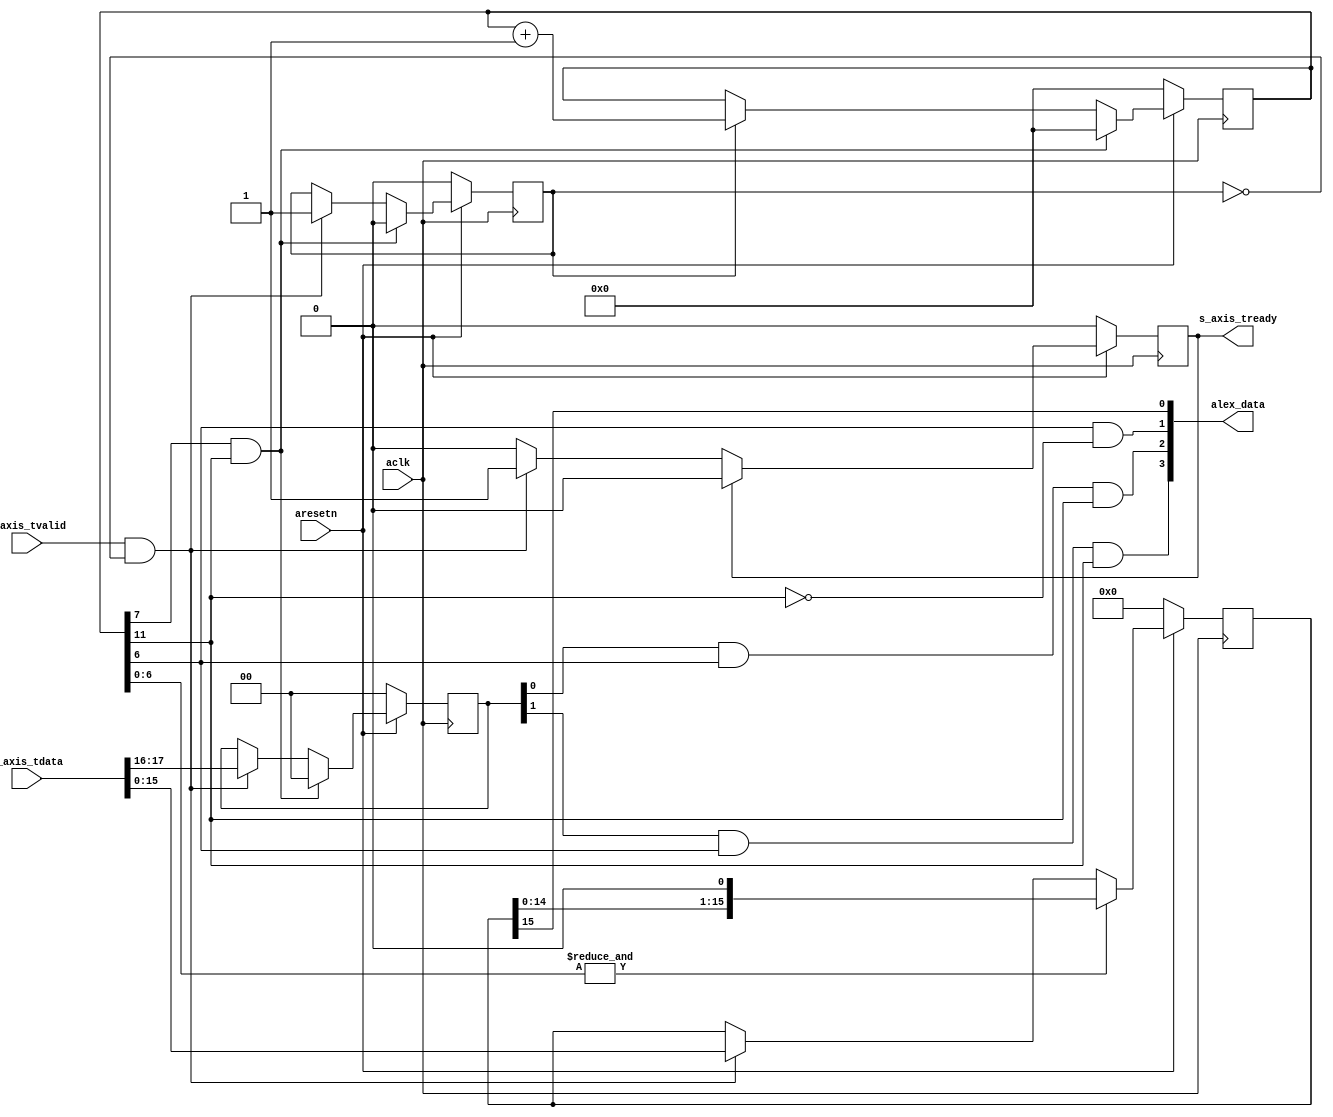
module axis_alex
(
  input  wire        aclk,
  input  wire        aresetn,
  output wire [3:0]  alex_data,
  output wire        s_axis_tready,
  input  wire [31:0] s_axis_tdata,
  input  wire        s_axis_tvalid
);
  reg [15:0] int_data_reg, int_data_next;
  reg [11:0] int_cntr_reg, int_cntr_next;
  reg [1:0] int_load_reg, int_load_next;
  reg int_enbl_reg, int_enbl_next;
  reg int_tready_reg, int_tready_next;
  always @(posedge aclk)
  begin
    if(~aresetn)
    begin
      int_data_reg <= 16'd0;
      int_cntr_reg <= 12'd0;
      int_load_reg <= 2'd0;
      int_enbl_reg <= 1'b0;
      int_tready_reg <= 1'b0;
    end
    else
    begin
      int_data_reg <= int_data_next;
      int_cntr_reg <= int_cntr_next;
      int_load_reg <= int_load_next;
      int_enbl_reg <= int_enbl_next;
      int_tready_reg <= int_tready_next;
    end
  end
  always @*
  begin
    int_data_next = int_data_reg;
    int_cntr_next = int_cntr_reg;
    int_load_next = int_load_reg;
    int_enbl_next = int_enbl_reg;
    int_tready_next = int_tready_reg;
    if(s_axis_tvalid & ~int_enbl_reg)
    begin
      int_data_next = s_axis_tdata[15:0];
      int_load_next = s_axis_tdata[17:16];
      int_enbl_next = 1'b1;
      int_tready_next = 1'b1;
    end
    if(int_tready_reg)
    begin
      int_tready_next = 1'b0;
    end
    if(int_enbl_reg)
    begin
      int_cntr_next = int_cntr_reg + 1'b1;
    end
    if(&int_cntr_reg[6:0])
    begin
      int_data_next = {int_data_reg[14:0], 1'b0};
    end
    if(int_cntr_reg[7] & int_cntr_reg[11])
    begin
      int_cntr_next = 12'd0;
      int_load_next = 2'd0;
      int_enbl_next = 1'b0;
    end
  end
  assign s_axis_tready = int_tready_reg;
  assign alex_data[0] = int_data_reg[15];
  assign alex_data[1] = int_cntr_reg[6] & ~int_cntr_reg[11];
  assign alex_data[2] = int_load_reg[0] & int_cntr_reg[6] & int_cntr_reg[11];
  assign alex_data[3] = int_load_reg[1] & int_cntr_reg[6] & int_cntr_reg[11];
endmodule